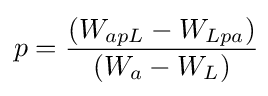
p={\frac {(W_{apL}-W_{Lpa})}{(W_{a}-W_{L})}}\!